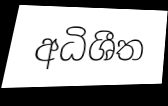
අධිශීත